Annual administration report of the Bombay Presidency - 1887-1892
Year: 1887
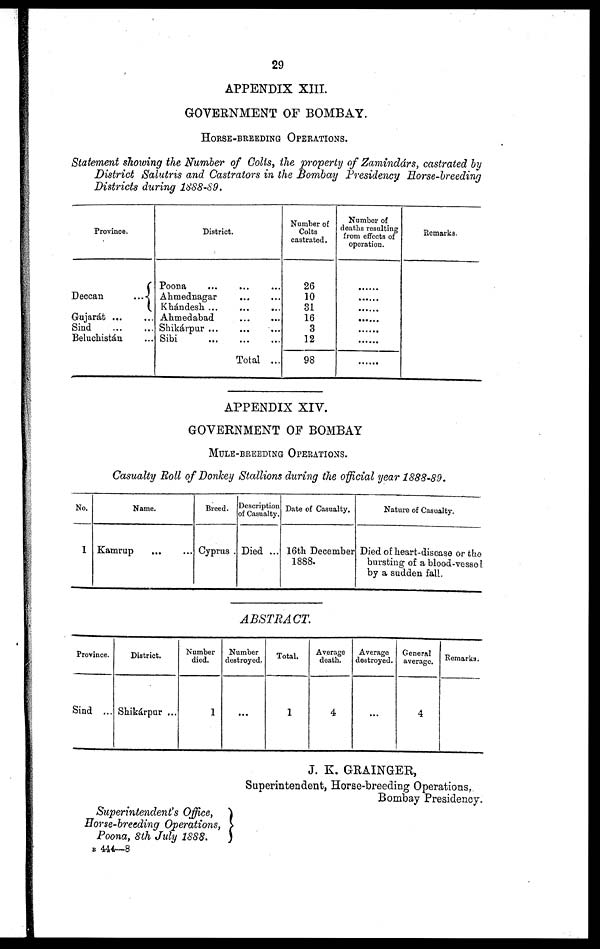
29
APPENDIX XIII.
GOVERNMENT OF BOMBAY.
HORSE-BREEDING OPERATIONS.
Statement showing the Number of Colts, the property of Zamindárs, castrated by
District Salutris and Castrators in the Bombay Presidency Horse-breeding
Districts during 1888-89.
Province.
Deccan
...
Gujarát ... ...
Sind
...
...
Beluchistán ...
District.
Poona
...
...
...
Ahmednagar ... ...
Khándesh ... ... ...
Ahmedabad ... ...
Shikárpur ...
...
...
Sibi
...
...
...
Total ...
Number of
Colts
castrated.
26
10
31
16
3
12
98
Number of
deaths resulting
from effects of
operation.
......
......
......
......
......
......
......
Remarks.
APPENDIX XIV.
GOVERNMENT OF BOMBAY
MULE-BREEDING OPERATIONS.
Casualty Roll of Donkey Stallions during the official year 1888-89.
No.
1
Name.
Kamrup
... ...
Breed.
Cyprus .
Description
of Casualty.
Died ...
Date of Casualty.
16th December
1888.
Nature of Casualty.
Died of heart-disease or the
bursting of a blood-vessel
by a sudden fall.
ABSTRACT.
Province.
Sind ...
District.
Shikárpur ...
Number
died.
1
Number
destroyed.
...
Total.
1
Average
death.
4
Average
destroyed.
...
General
average.
4
Remarks.
J. K. GRAINGER,
Superintendent, Horse-breeding Operations,
Bombay Presidency.
Superintendent's Office,
Horse-breeding Operations,
Poona, 8th July 1888.
B 444—8